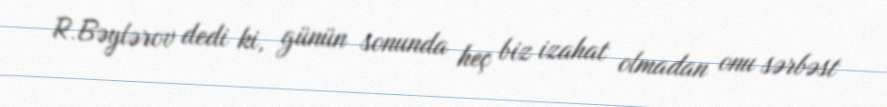
R.Bəylərov dedi ki, günün sonunda heç biz izahat olmadan onu sərbəst